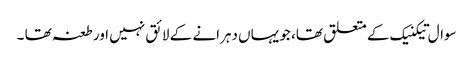
سوال تیکنیک کے متعلق تھا، جو یہاں دہرانے کے لائق نہیں اور طعنہ تھا ۔